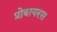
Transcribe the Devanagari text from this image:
प्रोवायरस